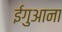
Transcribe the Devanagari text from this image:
ईगुआना